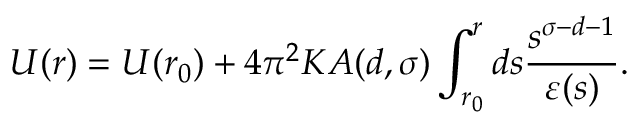
U ( r ) = U ( r _ { 0 } ) + 4 \pi ^ { 2 } K A ( d , \sigma ) \int _ { r _ { 0 } } ^ { r } d s \frac { s ^ { \sigma - d - 1 } } { \varepsilon ( s ) } .